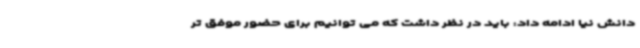
دانش نیا ادامه داد: باید در نظر داشت که می توانیم برای حضور موفق تر